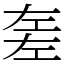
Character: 𢀡